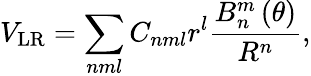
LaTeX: V_{\mathrm{LR}}=\sum_{nml}C_{nml}r^{l}\frac{B_{n}^{m}\left(\theta\right)}{R^{n}},